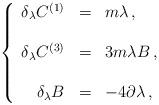
LaTeX: \begin{align*}\left\{\begin{array}{rcl}\delta_{\lambda} C^{(1)} & = & m \lambda\, ,\\& & \\\delta_{\lambda} C^{(3)} & = & 3m \lambda B\, ,\\& & \\\delta_{\lambda} B & = & -4\partial\lambda\, ,\\\end{array}\right.\end{align*}